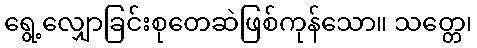
ရွေ့လျှောခြင်းစုတေဆဲဖြစ်ကုန်သော။ သတ္တေ၊